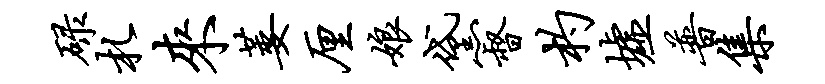
碌札来萎厘娘黛督杓墟普集